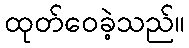
ထုတ်ဝေခဲ့သည်။